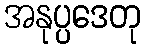
အနုပ္ပဒေတု